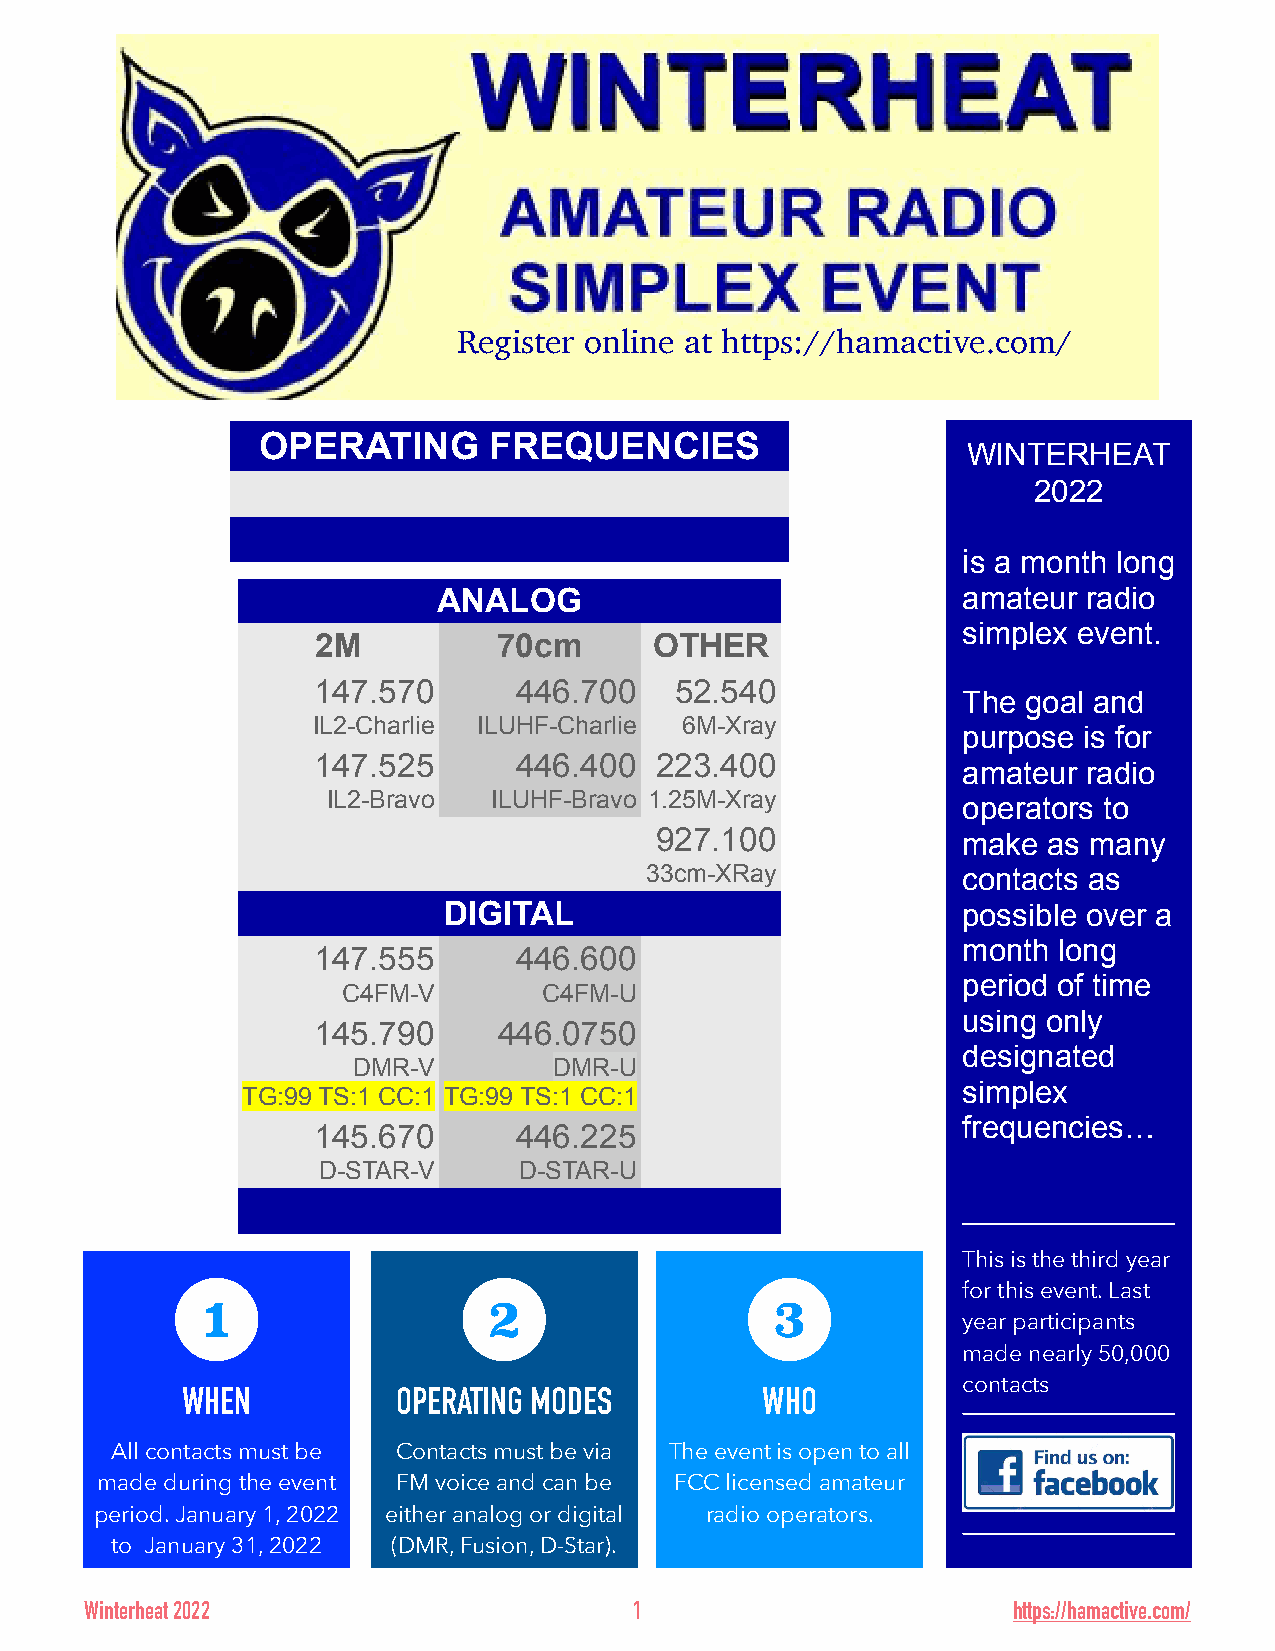
Register online at https://hamactive.com/
 OPERATING      FREQUENCIES
 WINTERHEAT
 2022
 is a month long
 ANALOG                             amateur radio
 simplex event.
 2M          70cm      OTHER
 147.570      446.700    52.540
 The goal and
 IL2-Charlie ILUHF-Charlie 6M-Xray
 purpose is for
 147.525      446.400  223.400
 amateur radio
 IL2-Bravo ILUHF-Bravo 1.25M-Xray
 operators to
 927.100              make as many
 33cm-XRay            contacts as
 DIGITAL                            possible over a
 month long
 147.555      446.600
 period of time
 C4FM-V       C4FM-U
 using only
 145.790     446.0750
 designated
 DMR-V         DMR-U
 simplex
 TG:99 TS:1 CC:1 TG:99 TS:1 CC:1
 frequencies…
 145.670      446.225
 D-STAR-V     D-STAR-U
 This is the third year
 for this event. Last
 1                  2                  3
 year participants
 made nearly 50,000
 contacts
 WHEN          OPERATING MODES         WHO
 All contacts must be Contacts must be via The event is open to all
 made during the event FM voice and can be FCC licensed amateur
 period. January 1, 2022 either analog or digital radio operators.
 to January 31, 2022 (DMR, Fusion, D-Star).
 Winterheat 2022                     1                        https://hamactive.com/